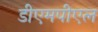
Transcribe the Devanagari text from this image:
डीएमपीएल